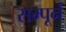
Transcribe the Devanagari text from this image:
सम्पूर्न